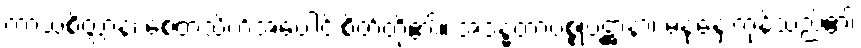
ကာယစိတ္တာနံ၊ စေတသိက်အပေါင်းစိတ်တို့၏။ အဒန္ဓတာပစ္စုပဋ္ဌာနာ၊ မနုံ့နှေးကုန်သည်၏